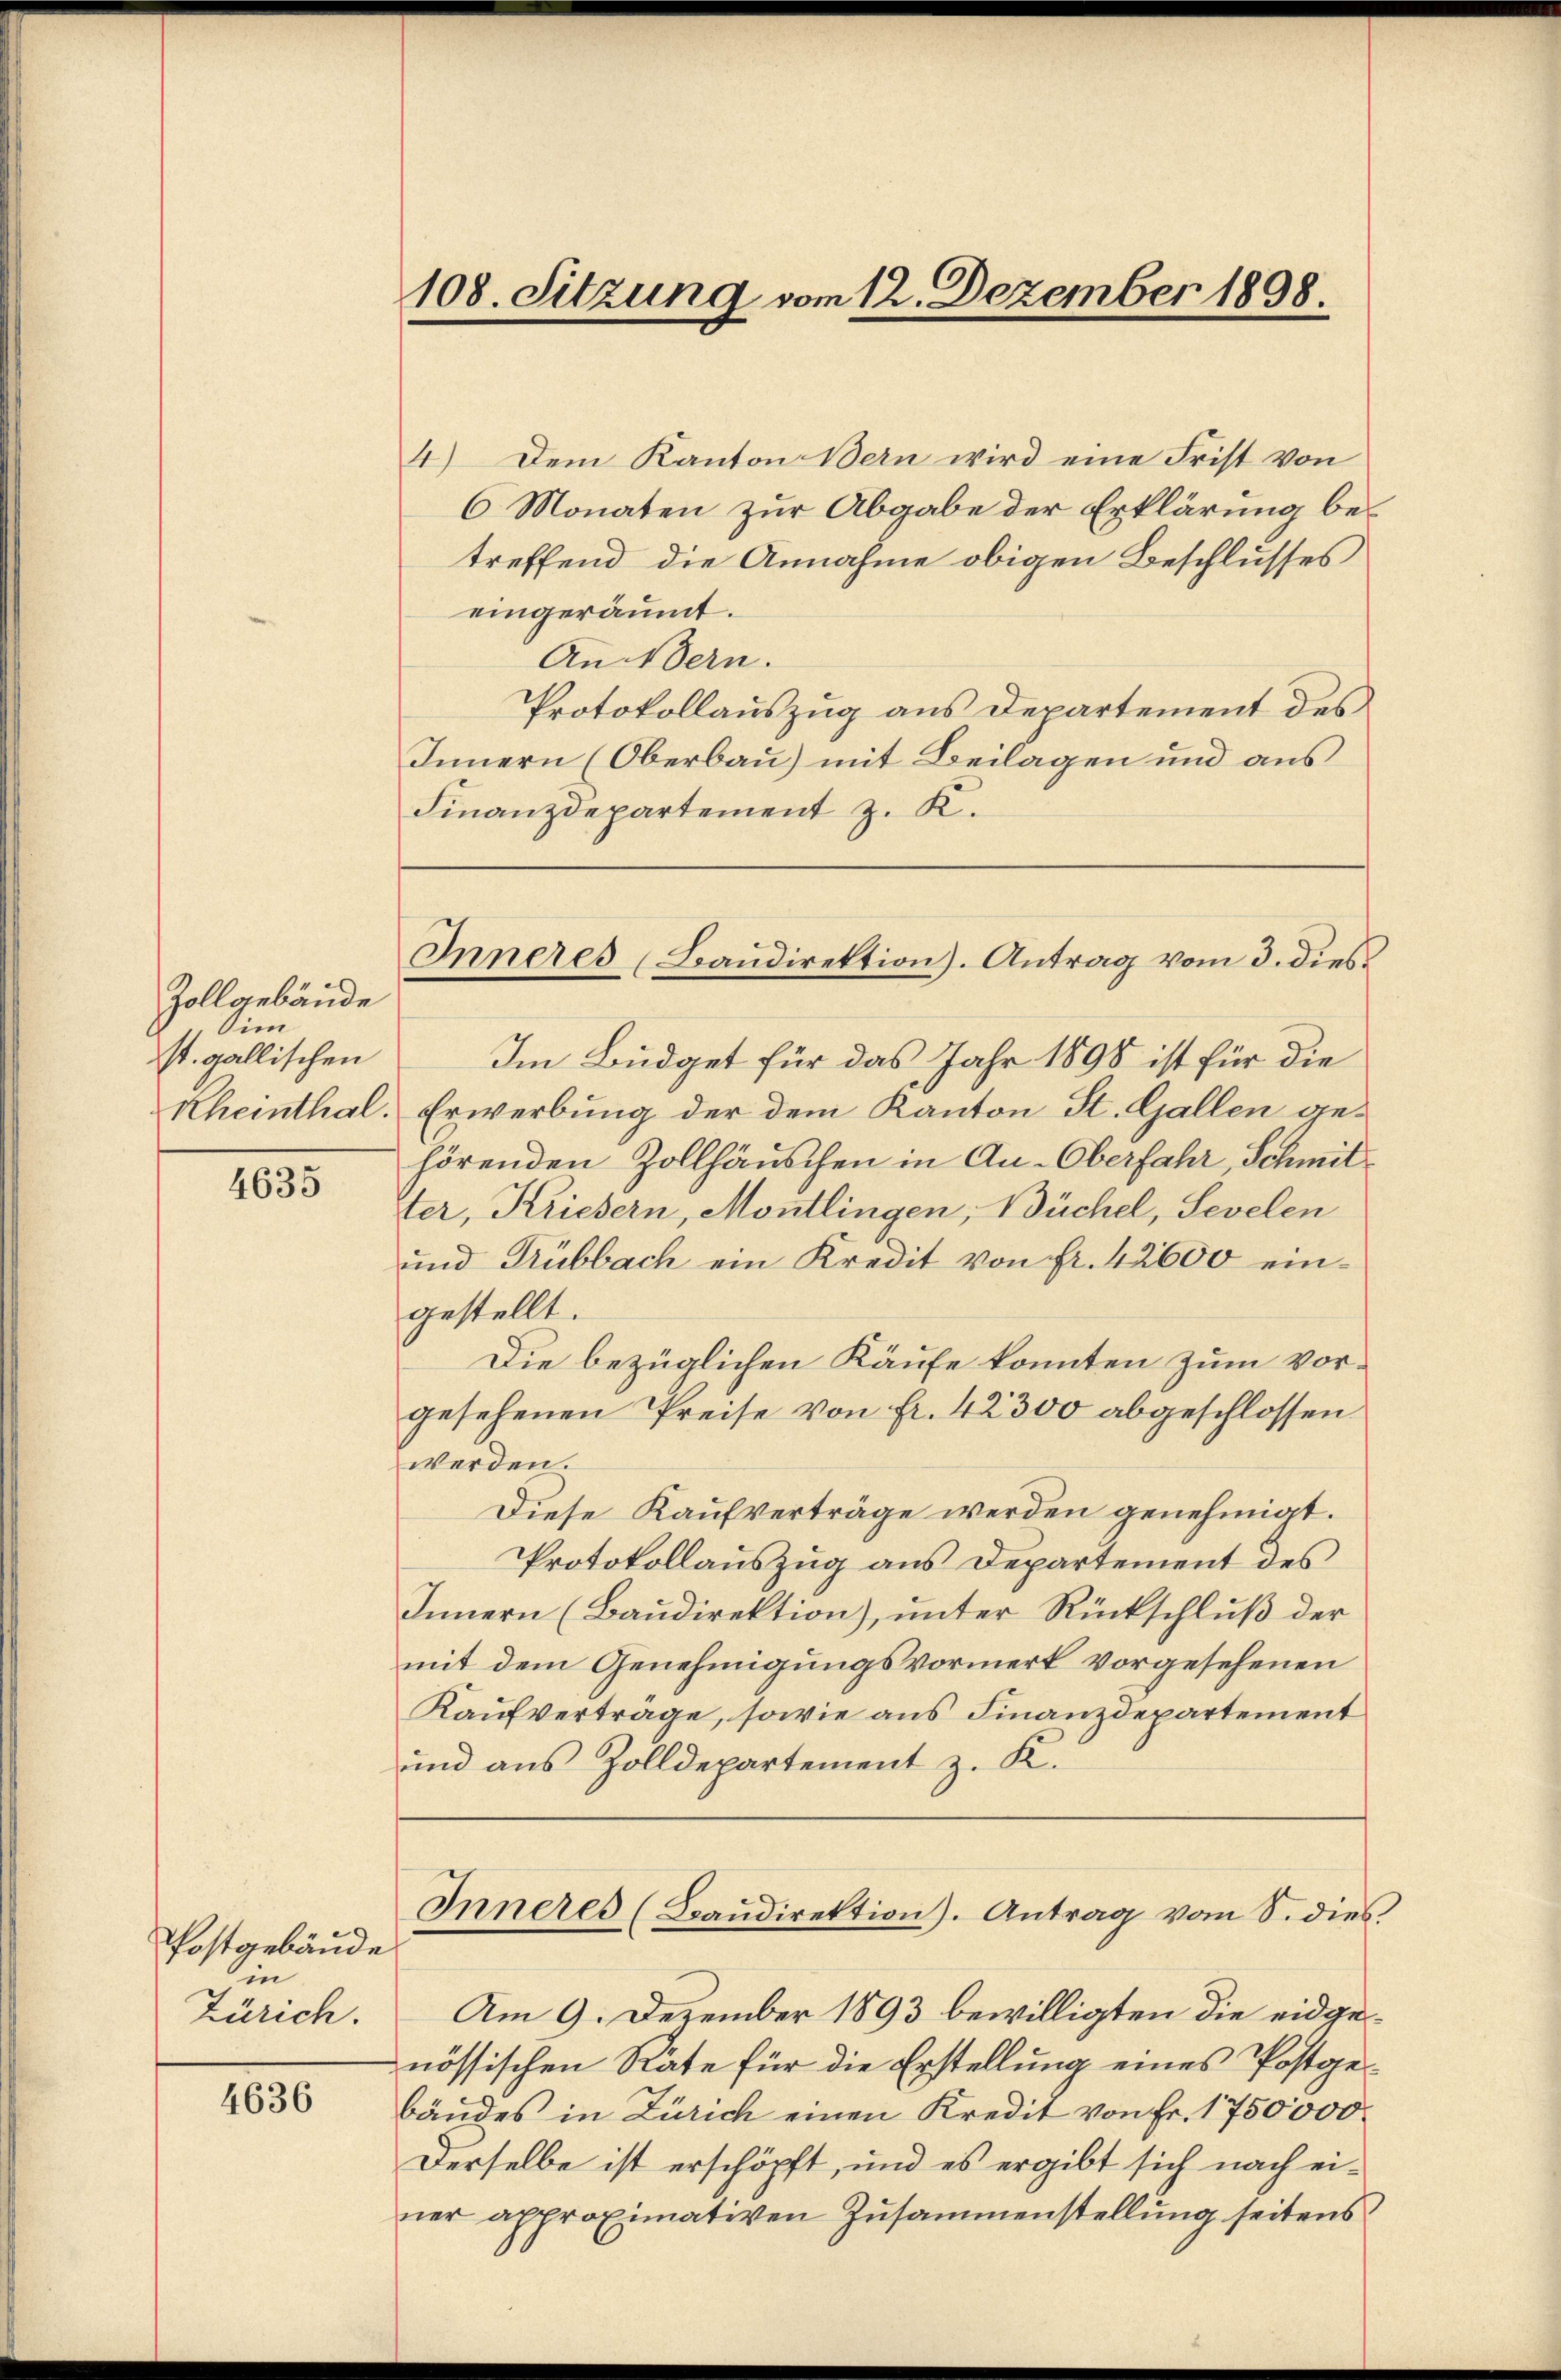
Zollgebäude
Sim
st. gallischen
Rheinthal.

4635

Postgebäude
in
Zürich.

4636

108. Sitzung vom 12. Dezember 1898

Inneres (Bandirektion). Antrag vom 3. dies

4.) Dem Kanton Bern wird eine Frist von
6 Monaten zur Abgabe der Erklärung betreffend die Annahme obigen Beschlusses
eingeräumt.
An Vern.
Protokollauszug aus Departement des
Innern (Oberbau) mit Beilagen und aus
Finanzdepartement z. K.
Im Büdget für das Jahr 1898 ist für die
Erwerbung der dem Kanton St. Gallen gehörenden Zollhäuschen in Au-Oberfahr, Schmitter, Kriesern, Montlingen, Büchel, Sevelen
und Trübbach ein Kredit von Fr. 42600 eingestellt.
Die bezüglichen Käufe konnten zum vorgesehenen Preise von Fr. 42300 abgeschlossen
werden.
Diese Kaufverträge werden genehmigt.
Protokollauszug aus Departement des
Innern (Baudirektion), unter Rückschluß der
mit dem Genehmigungsvormerk vorgesehenen
Kaufvertrage, sowie aus Finanzdepartement
und aus Zolldepartement z. K.
Inneres (Brandirektion). Antrag vom S. dies
Am 9. Dezember 1893 bewilligten die eidgenössischen Räte für die Erstellung eines Postgebändes in Zürich einen Kredit von Fr. 1750,000.
Derselbe ist erschöpft, und es ergibt sich nach einer approximativen Zusammenstellung seitens